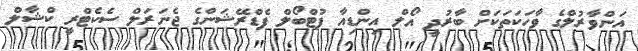
އަންވާރުލްގެ ވާހަކަތަކަށް ބާރުދީ އޯލް އިންޑިއާ ފުޓްބޯލް ފެޑްރޭޝަންގެ ޖެނަރަލް ސެކެޓްރީ ކްޝާލް